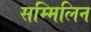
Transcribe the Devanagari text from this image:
सम्मिलिन